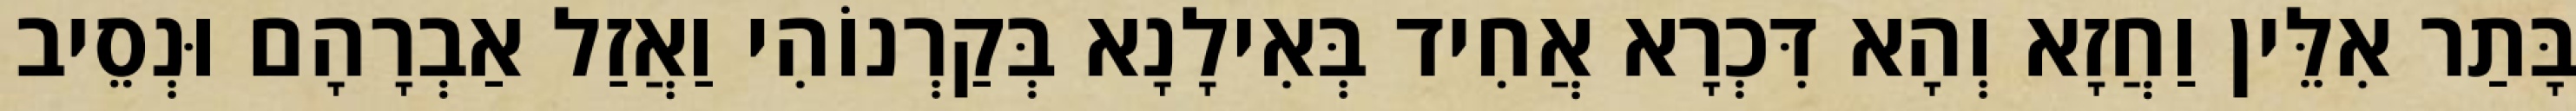
בָּתַר אִלֵּין וַחֲזָא וְהָא דִּכְרָא אֲחִיד בְּאִילָנָא בְּקַרְנוֹהִי וַאֲזַל אַבְרָהָם וּנְסֵיב